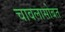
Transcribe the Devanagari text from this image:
चावलासोबत